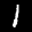
Label: 1